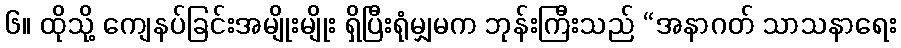
၆။ ထိုသို့ ကျေနပ်ခြင်းအမျိုးမျိုး ရှိပြီးရုံမျှမက ဘုန်းကြီးသည် “အနာဂတ် သာသနာရေး